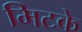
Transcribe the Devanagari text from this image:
मिटके